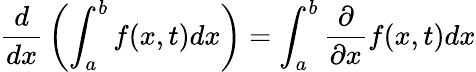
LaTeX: {\frac{d}{dx}}\left(\int_{a}^{b}f(x,t)dx\right)=\int_{a}^{b}{\frac{\partial}{\partial x}}f(x,t)dx